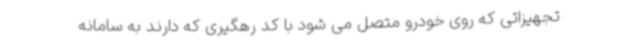
تجهیزاتی که روی خودرو متصل می شود با کد رهگیری که دارند به سامانه